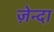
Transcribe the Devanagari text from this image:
ज़ेन्दा